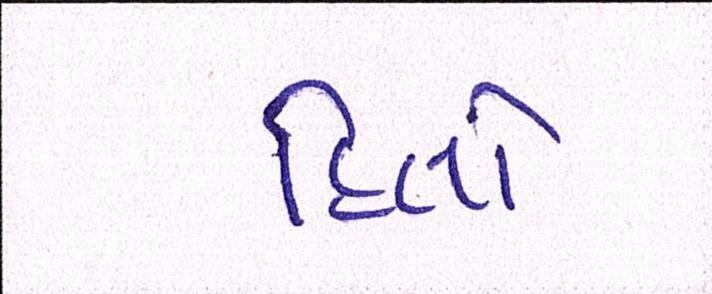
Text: હિતો